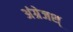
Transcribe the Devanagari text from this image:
अंग्रेजश्